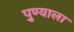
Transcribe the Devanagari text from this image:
पु्ण्याला